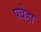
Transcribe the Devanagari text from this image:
पवेहा